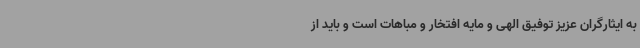
به ایثارگران عزیز توفیق الهی و مایه افتخار و مباهات است و باید از